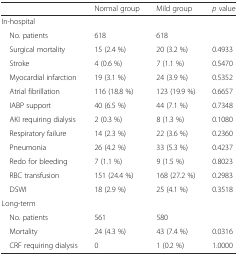
<table><thead><tr><td></td><td><b>Normal group</b></td><td><b>Mild group</b></td><td><b><i>p</i> value</b></td></tr></thead><tbody><tr><td colspan="4">In-hospital</td></tr><tr><td> No. patients</td><td>618</td><td>618</td><td></td></tr><tr><td> Surgical mortality</td><td>15 (2.4 %)</td><td>20 (3.2 %)</td><td>0.4933</td></tr><tr><td> Stroke</td><td>4 (0.6 %)</td><td>7 (1.1 %)</td><td>0.5470</td></tr><tr><td> Myocardial infarction</td><td>19 (3.1 %)</td><td>24 (3.9 %)</td><td>0.5352</td></tr><tr><td> Atrial fibrillation</td><td>116 (18.8 %)</td><td>123 (19.9 %)</td><td>0.6657</td></tr><tr><td> IABP support</td><td>40 (6.5 %)</td><td>44 (7.1 %)</td><td>0.7348</td></tr><tr><td> AKI requiring dialysis</td><td>2 (0.3 %)</td><td>8 (1.3 %)</td><td>0.1080</td></tr><tr><td> Respiratory failure</td><td>14 (2.3 %)</td><td>22 (3.6 %)</td><td>0.2360</td></tr><tr><td> Pneumonia</td><td>26 (4.2 %)</td><td>33 (5.3 %)</td><td>0.4237</td></tr><tr><td> Redo for bleeding</td><td>7 (1.1 %)</td><td>9 (1.5 %)</td><td>0.8023</td></tr><tr><td> RBC transfusion</td><td>151 (24.4 %)</td><td>168 (27.2 %)</td><td>0.2983</td></tr><tr><td> DSWI</td><td>18 (2.9 %)</td><td>25 (4.1 %)</td><td>0.3518</td></tr><tr><td colspan="4">Long-term</td></tr><tr><td> No. patients</td><td>561</td><td>580</td><td></td></tr><tr><td> Mortality</td><td>24 (4.3 %)</td><td>43 (7.4 %)</td><td>0.0316</td></tr><tr><td> CRF requiring dialysis</td><td>0</td><td>1 (0.2 %)</td><td>1.0000</td></tr></tbody></table>